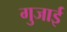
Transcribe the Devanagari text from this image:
गुजाई